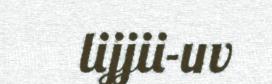
lijjii-uv